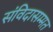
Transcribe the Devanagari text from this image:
संविदासम्मत